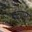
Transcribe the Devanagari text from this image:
पंढऱपूर